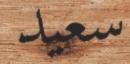
سعيد